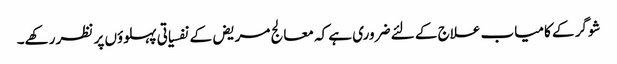
شوگر کے کامیاب علاج کے لئے ضروری ہے کہ معالج مریض کے نفسیاتی پہلوؤں پر نظر رکھے۔